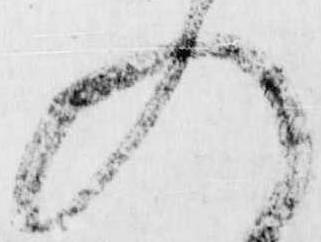
入